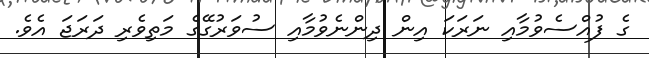
ގެ ފުއްސެވުމާއި ނަރަކަ އިން ދިންނެވުމާއި ސުވަރުގޭގެ މަތިވެރި ދަރަޖަ އެވެ.